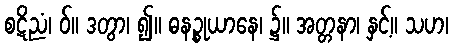
စဋိညံ၊ ဝ်။ ဒတွာ၊ ၍။ ဓနဉ္စုယာနေ၊ ၌။ အတ္တနာ၊ နှင့်။ သဟ၊